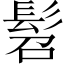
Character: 髫